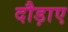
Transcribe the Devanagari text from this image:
दौड़ाए